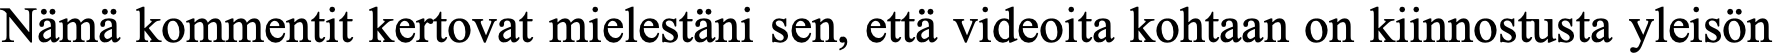
Nämä kommentit kertovat mielestäni sen, että videoita kohtaan on kiinnostusta yleisön